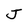
Character: J